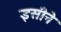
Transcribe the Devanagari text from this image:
इसीने